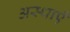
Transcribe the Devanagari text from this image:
अस्थाएँ